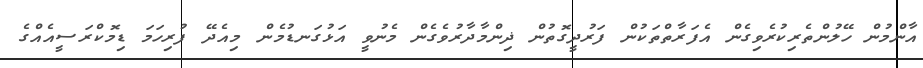
އާންމުން ހޭލުންތެރިކުރެވިގެން އެފަރާތްތަކުން ފަރުދީގޮތުން ޛިންމާދާރުވެގެން މެނުވީ އަޅުގަނޑުމެން މިއެދޭ ފުރިހަމަ ޑިމޮކްރަސީއެއްގެ